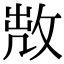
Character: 𢽘